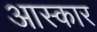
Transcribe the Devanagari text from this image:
आस्कार